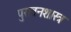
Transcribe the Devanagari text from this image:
पुरातनशास्त्र